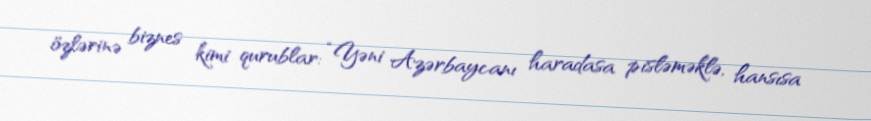
özlərinə biznes kimi qurublar: “Yəni Azərbaycanı haradasa pisləməklə, hansısa